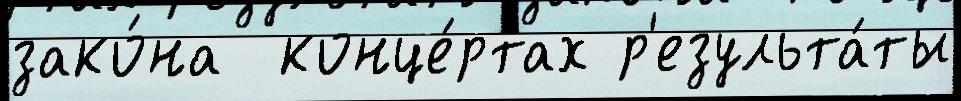
зако́на  конце́ртах р'езульта́ты